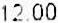
12.00